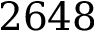
2 6 4 8